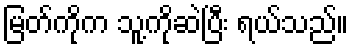
မြတ်ကိုက သူ့ကိုဆဲပြီး ရယ်သည်။